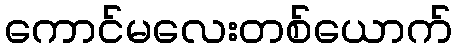
ကောင်မလေးတစ်ယောက်